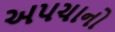
અપચાનો